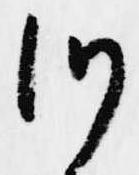
つ